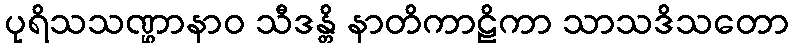
ပုရိသသဏ္ဌာနာဝ သီဒန္တိ နာတိကာဠိကာ သာသဒိသတော